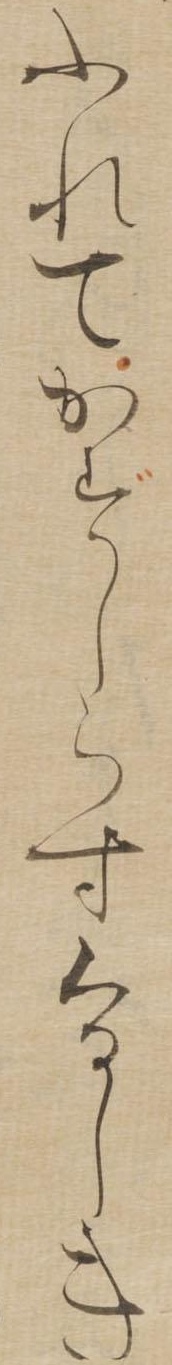
ふれてかずしらすくるしき